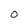
Character: O